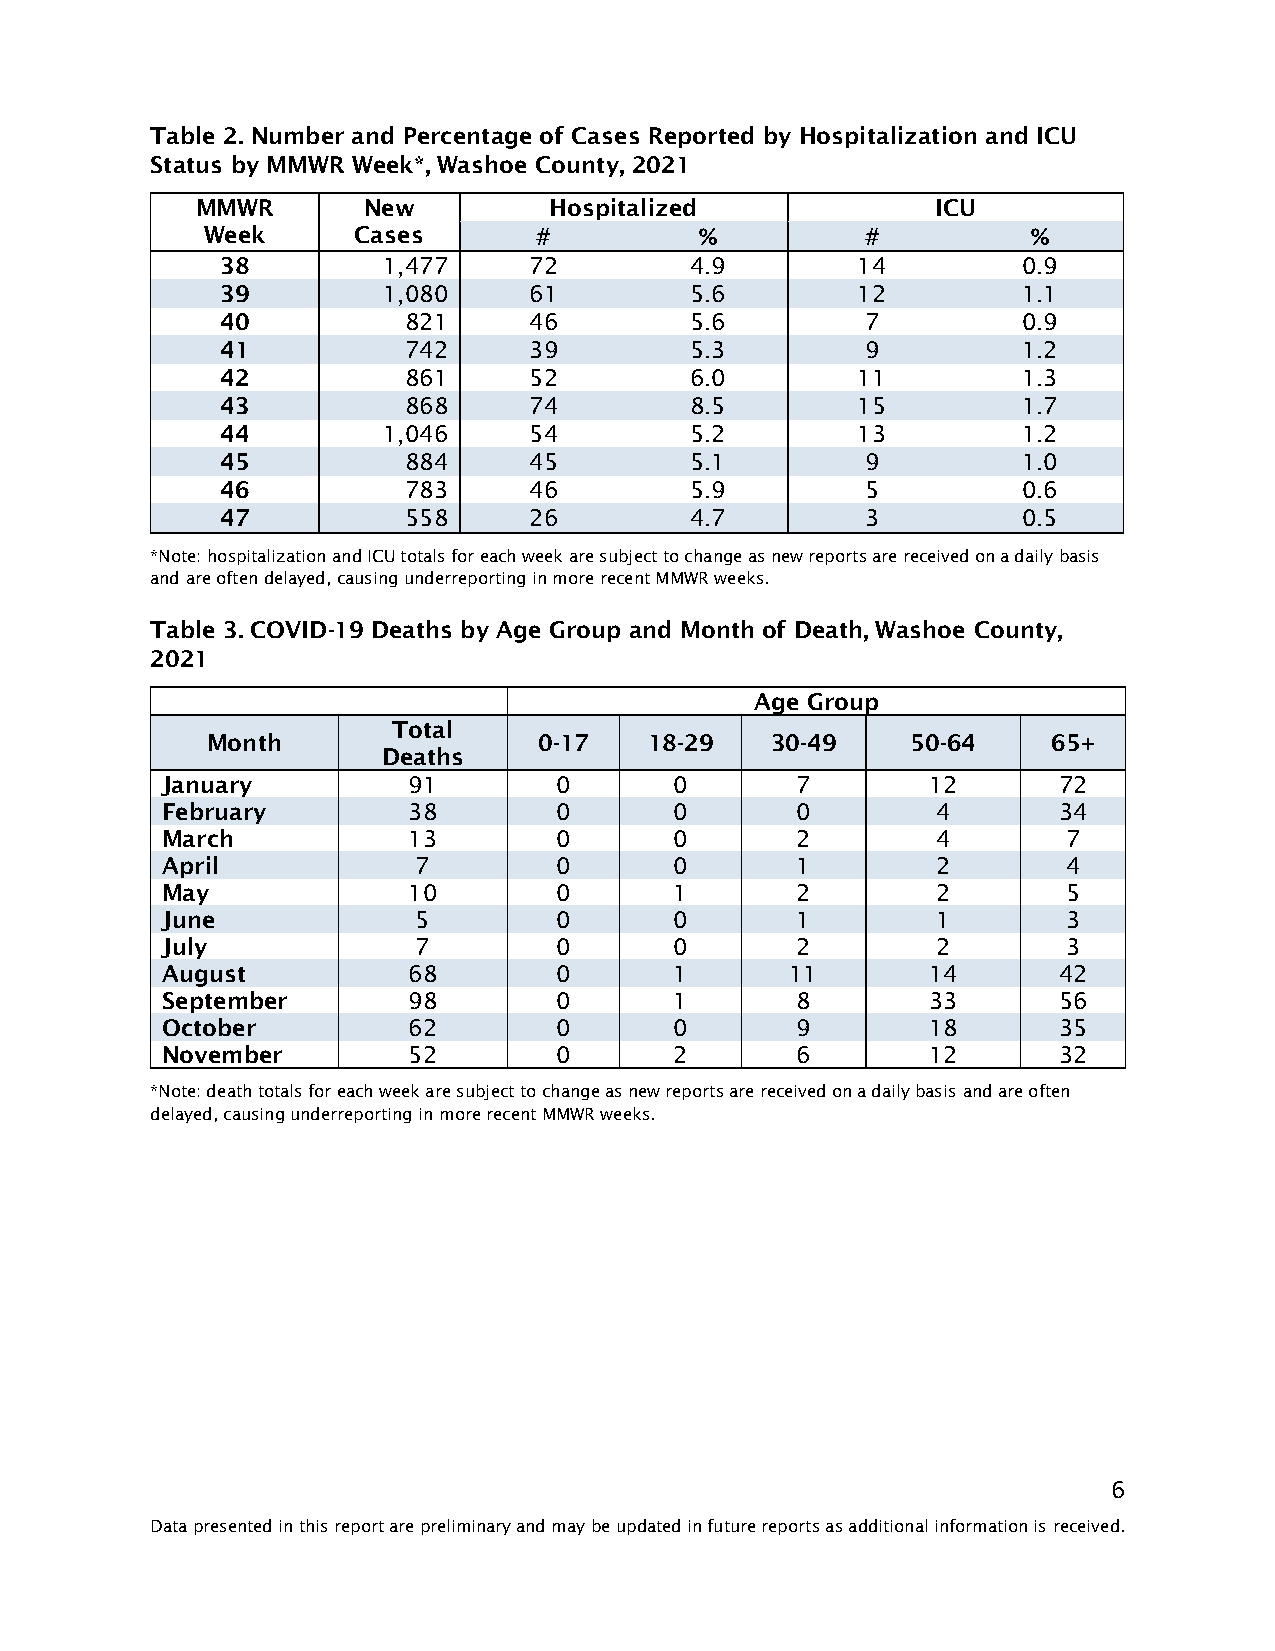
Table 2. Number and Percentage of Cases Reported by Hospitalization and ICU
 Status by MMWR Week*, Washoe County, 2021
 MMWR       New         Hospitalized              ICU
 Week      Cases        #         %          #          %
 38        1,477     72         4.9        14         0.9
 39        1,080     61         5.6        12         1.1
 40          821     46         5.6        7          0.9
 41          742     39         5.3        9          1.2
 42          861     52         6.0        11         1.3
 43          868     74         8.5        15         1.7
 44        1,046     54         5.2        13         1.2
 45          884     45         5.1        9          1.0
 46          783     46         5.9        5          0.6
 47          558     26         4.7        3          0.5
 *Note: hospitalization and ICU totals for each week are subject to change as new reports are received on a daily basis
 and are often delayed, causing underreporting in more recent MMWR weeks.
 Table 3. COVID-19 Deaths by Age Group and Month of Death, Washoe County,
 2021
 Age Group
 Total
 Month                 0-17   18-29   30-49    50-64     65+
 Deaths
 January         91        0       0       7       12       72
 February        38        0       0       0        4       34
 March           13        0       0       2        4        7
 April           7         0       0       1        2        4
 May             10        0       1       2        2        5
 June            5         0       0       1        1        3
 July            7         0       0       2        2        3
 August          68        0       1      11       14       42
 September       98        0       1       8       33       56
 October         62        0       0       9       18       35
 November        52        0       2       6       12       32
 *Note: death totals for each week are subject to change as new reports are received on a daily basis and are often
 delayed, causing underreporting in more recent MMWR weeks.
 6
 Data presented in this report are preliminary and may be updated in future reports as additional information is received.